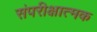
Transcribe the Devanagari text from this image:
संपरीक्षात्मक